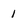
Character: I